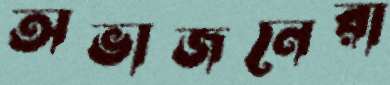
অভাজনেরা